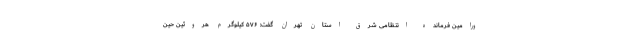
ورامین فرمانده انتظامی شرق استان تهران گفت: ۵۷۶ کیلوگرم هروئین حین